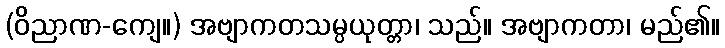
(ဝိညာဏ-ကျေ။) အဗျာကတသမ္ပယုတ္တာ၊ သည်။ အဗျာကတာ၊ မည်၏။